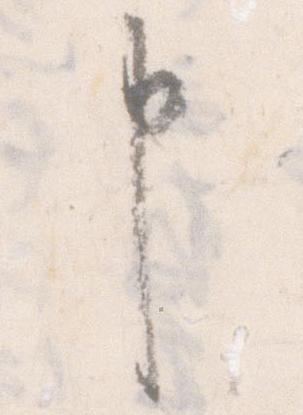
申